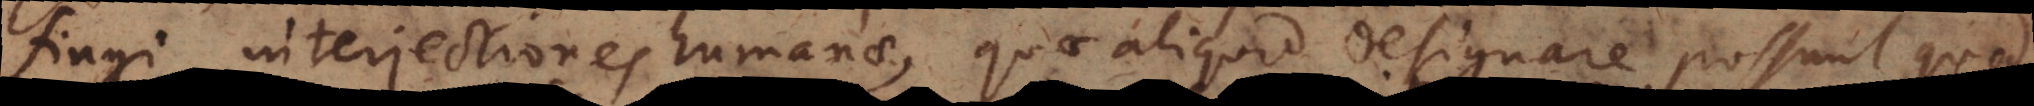
fingi interjectiones humanae, quae aliquid designare possunt quod